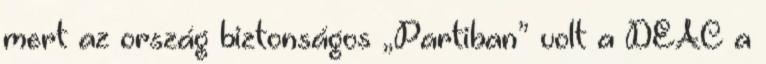
mert az ország biztonságos „Partiban” volt a DEAC a